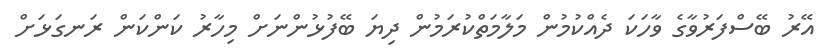
އޭރު ބޭސްފަރުވާގެ ވާހަކަ ދެއްކުމުން މަލާމަތްކުރަމުން ދިޔަ ބޭފުޅުންނަށް މިހާރު ކަންކަން ރަނގަޅަށް